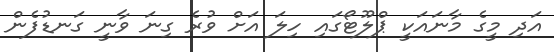
އަދި މީގެ މާނައަކީ ޕްލޫޓޯގައި ހިލަ އަށް ވުރެ ގިނަ ވާނީ ގަނޑުފެން